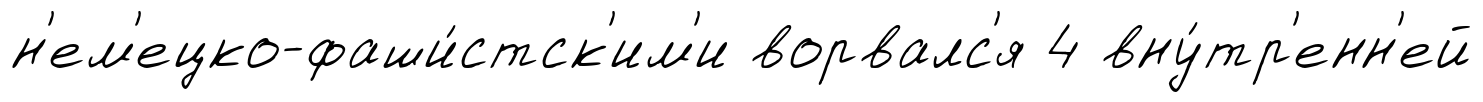
н'ем'ецко-фаши́стск'им'и ворвалс'я 4 вну́тр'енн'ей